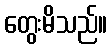
တွေးမိသည်။